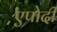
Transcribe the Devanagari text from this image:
एपोदी